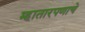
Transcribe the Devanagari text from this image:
म्हातारपणाचे